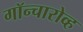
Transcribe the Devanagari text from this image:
गॉन्चारोव्ह